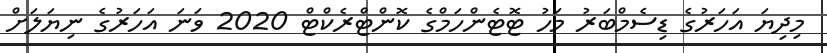
މިދިޔަ އަހަރުގެ ޑިސެމްބަރު މަހު ޓޮޓެންހަމްގެ ކޮންޓްރެކްޓް 2020 ވަނަ އަހަރުގެ ނިޔަލަށް